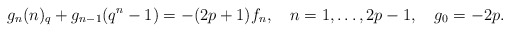
\begin{align*}g_n(n)_q+g_{n-1}(q^n-1)=-(2p+1)f_n,\quad n=1,\ldots,2p-1,\quad g_0=-2p.\end{align*}